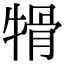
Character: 𤚱